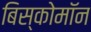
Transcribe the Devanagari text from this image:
बिस्कोमॉन